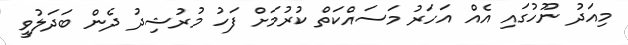
މިއަދު ނޫހުގައި އެއް އަހަރު މަސައްކަތް ކުރުމަށް ފަހު މުރުޝިދު ދެން ބަދަލުވީ